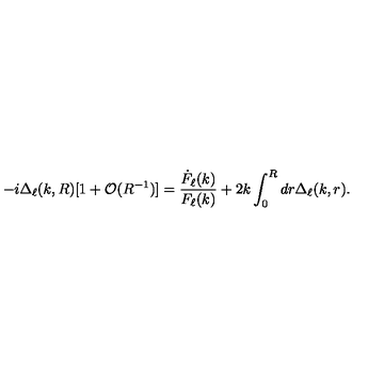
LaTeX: - i \Delta _ { \ell } ( k , R ) [ 1 + \mathcal { O } ( R ^ { - 1 } ) ] = \frac { \dot { F } _ { \ell } ( k ) } { F _ { \ell } ( k ) } + 2 k \int _ { 0 } ^ { R } d r \Delta _ { \ell } ( k , r ) .